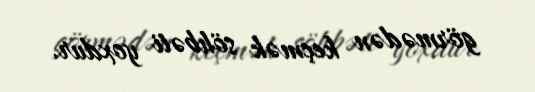
görmədən keçmək söhbəti yoxdur.